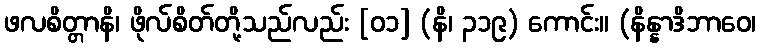
ဖလစိတ္တာနိ၊ ဖိုလ်စိတ်တို့သည်လည်း [၀၁] (နိ၊ ၃၁၉) ကောင်း။ (နိန္နာဒိဘာဝေ၊